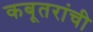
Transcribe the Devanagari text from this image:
कबूतरांची